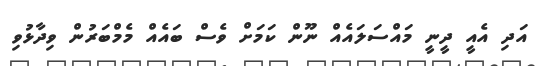
އަދި އެއީ ދީނީ މައްސަލައެއް ނޫން ކަމަށް ވެސް ބައެއް މެމްބަރުން ވިދާޅުވި